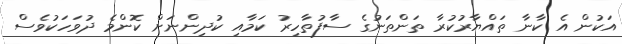
އަކުން އެ ކާނާ ތައްޔާރުކުރާ ތަންތަނުގެ ސާފުތާހިރު ކަމާއި ކުދިންނަށް ކޮންމެ ދުވަހަކުވެސް